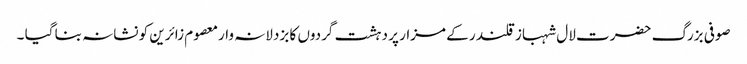
صوفی بزرگ حضرت لال شہباز قلندر کے مزار پر دہشت گردوں کا بزدلانہ وارمعصوم زائرین کو نشانہ بنا گیا ۔